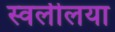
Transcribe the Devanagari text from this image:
स्वलीलया